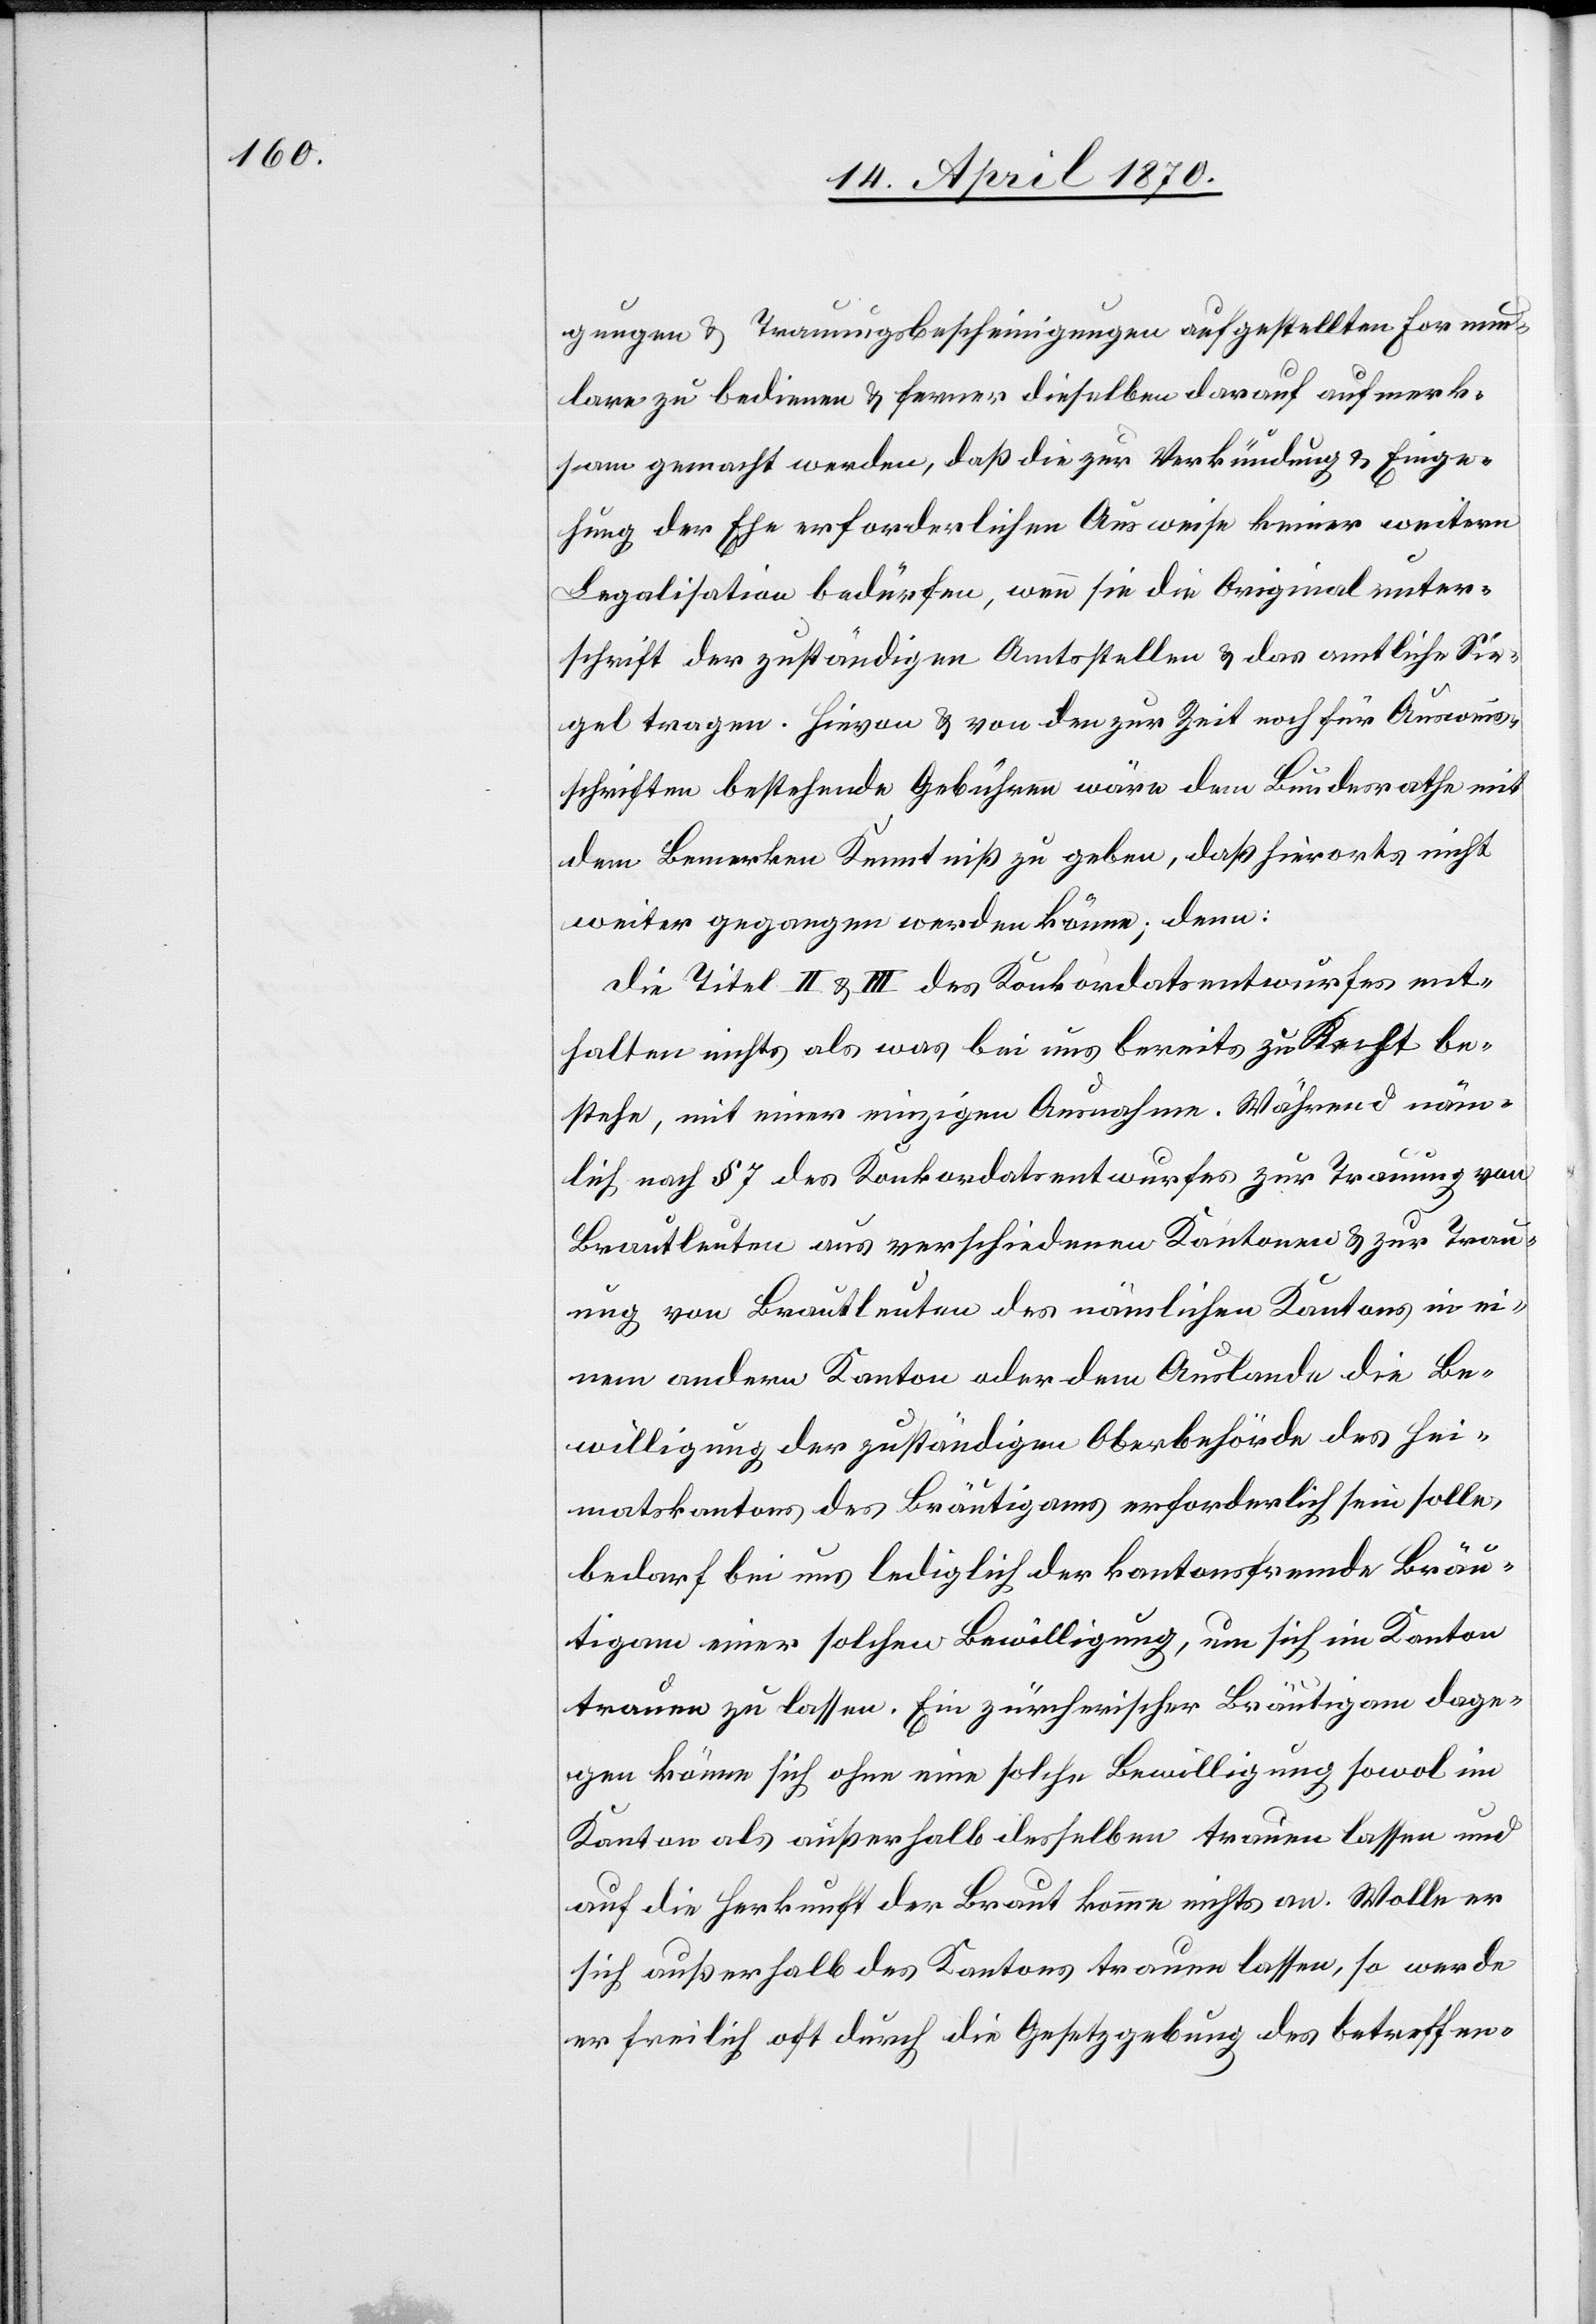
gungen & Trauungsbescheinigungen aufgestellten Formu¬
lare zu bedienen & ferner dieselben darauf aufmerk¬
sam gemacht werden, daß die zur Verkündung & Einge¬
hung der Ehe erforderlichen Ausweise keiner weitern
Legalisation bedürfen, wenn sie die Originalunter¬
schrift der zuständigen Amtsstellen & das amtliche Sie¬
gel tragen. Hievon & von den zur Zeit noch für Ausweis¬
schriften bestehende Gebühren wäre dem Bundesrathe mit
dem Bemerken Kenntniß zu geben, daß hierorts nicht
weiter gegangen werden könne; denn:
die Titel II & III des Konkordatsentwurfes ent¬
halten nichts als was bei uns bereits zu Recht be¬
stehe, mit einer einzigen Ausnahme. Während näm¬
lich nach § 7 des Konkordatsentwurfes zur Trauung von
Brautleuten aus verschiedenen Kantonen & zur Trau¬
ung von Brautleuten des nämlichen Kantons in ei¬
nem andern Kanton oder dem Auslande die Be¬
willigung der zuständigen Oberbehörde des Hei¬
matskantons des Bräutigams erforderlich sein solle,
bedarf bei uns lediglich der kantonsfremde Bräu¬
tigam einer solchen Bewilligung, um sich im Kanton
trauen zu lassen. Ein zürcherischer Bräutigam dage¬
gen könne sich ohne eine solche Bewilligung sowol im
Kanton als außerhalb desselben trauen lassen und
auf die Herkunft der Braut komme nichts an. Wolle er
sich außerhalb des Kantons trauen lassen, so werde
er freilich oft durch die Gesetzgebung des betreffen-